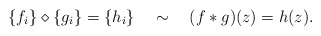
\begin{align*}\{f_i\}\diamond\{g_i\}=\{h_i\}\quad\sim\quad (f*g)(z)=h(z).\end{align*}